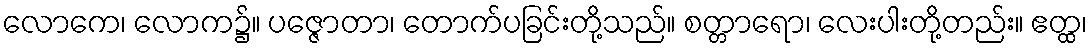
လောကေ၊ လောက၌။ ပဇ္ဇောတာ၊ တောက်ပခြင်းတို့သည်။ စတ္တာရော၊ လေးပါးတို့တည်း။ ဧတ္ထ၊